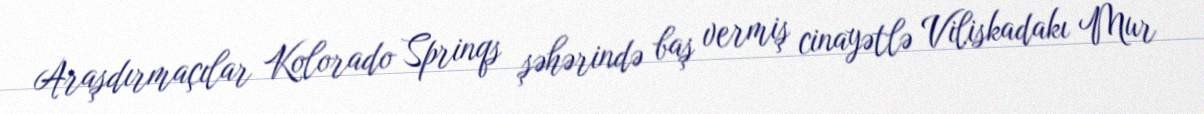
Araşdırmaçılar Kolorado Sprinqs şəhərində baş vermiş cinayətlə Viliskadakı Mur